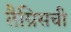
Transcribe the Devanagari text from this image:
तैग्रिसची